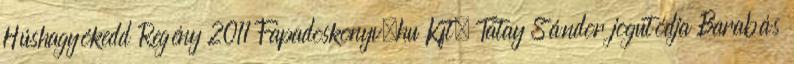
Húshagyókedd Regény 2011 Fapadoskonyv.hu Kft. Tatay Sándor jogutódja Barabás